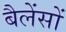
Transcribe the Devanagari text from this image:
बैलेंसों